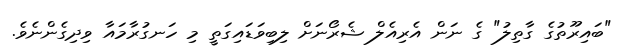
"ބައިރޫތުގެ ގާތިލު" ގެ ނަން އެރިއެލް ޝެރޯނަށް ލިބިވަޑައިގަތީ މި ހަނގުރާމައާ ވިދިގެންނެވެ.